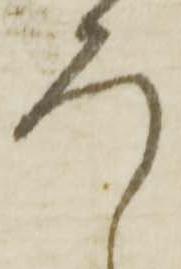
ろ